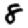
Digit: 8